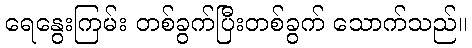
ရေနွေးကြမ်း တစ်ခွက်ပြီးတစ်ခွက် သောက်သည်။